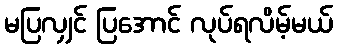
မပြလျှင် ပြအောင် လုပ်ရလိမ့်မယ်